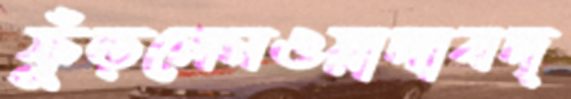
ফুঁড়লেনওয়াদাবদ্